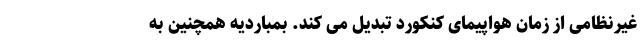
غیرنظامی از زمان هواپیمای کنکورد تبدیل می کند. بمباردیه همچنین به